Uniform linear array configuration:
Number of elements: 8
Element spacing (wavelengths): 1
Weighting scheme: kaiser
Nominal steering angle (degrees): -45
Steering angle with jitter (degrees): -46.449
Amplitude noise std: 0.05
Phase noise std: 0.05

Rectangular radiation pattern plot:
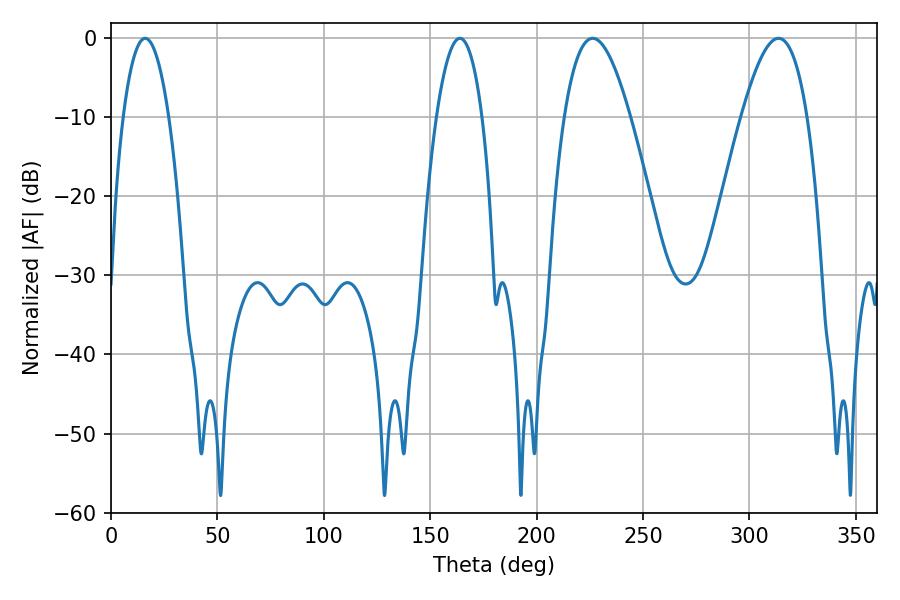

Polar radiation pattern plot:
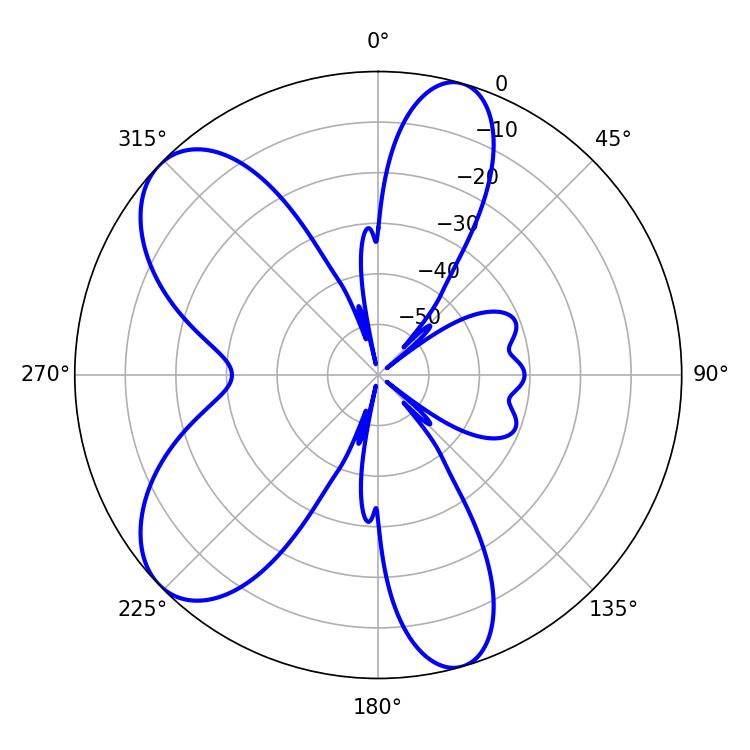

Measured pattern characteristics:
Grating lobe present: TRUE
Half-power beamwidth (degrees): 11.88
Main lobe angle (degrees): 16.02